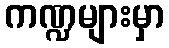
ကဏ္ဍများမှာ